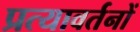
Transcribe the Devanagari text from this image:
प्रत्यावर्तनों